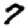
Digit: 7